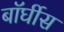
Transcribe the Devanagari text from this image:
बॉर्घीस